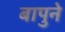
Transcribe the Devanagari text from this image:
बापुने